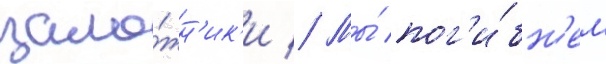
зало́жн'ик'и // Мы́ пог'и́бн'ем